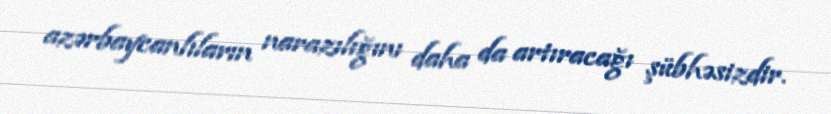
azərbaycanlıların narazılığını daha da artıracağı şübhəsizdir.